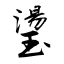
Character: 璗